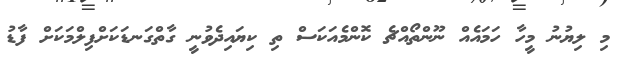
މި ލިޔުނު މީހާ ހަމައެއް ނޫންތޯއްޗެ ކޮންމެއަކަސް ތިި ކިޔައިދެވުނީ ގާތްގަނޑަކަށްފިލްމަކަށް ފާޑު